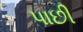
પાછી